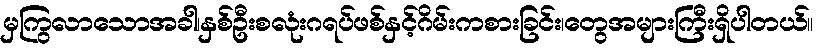
မှကြွလာသောအခါ၊နှစ်ဦးစလုံးဂရပ်ဖစ်နှင့်ဂိမ်းကစားခြင်း၊တွေအများကြီးရှိပါတယ်။